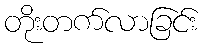
တိုးတက်လာခြင်း